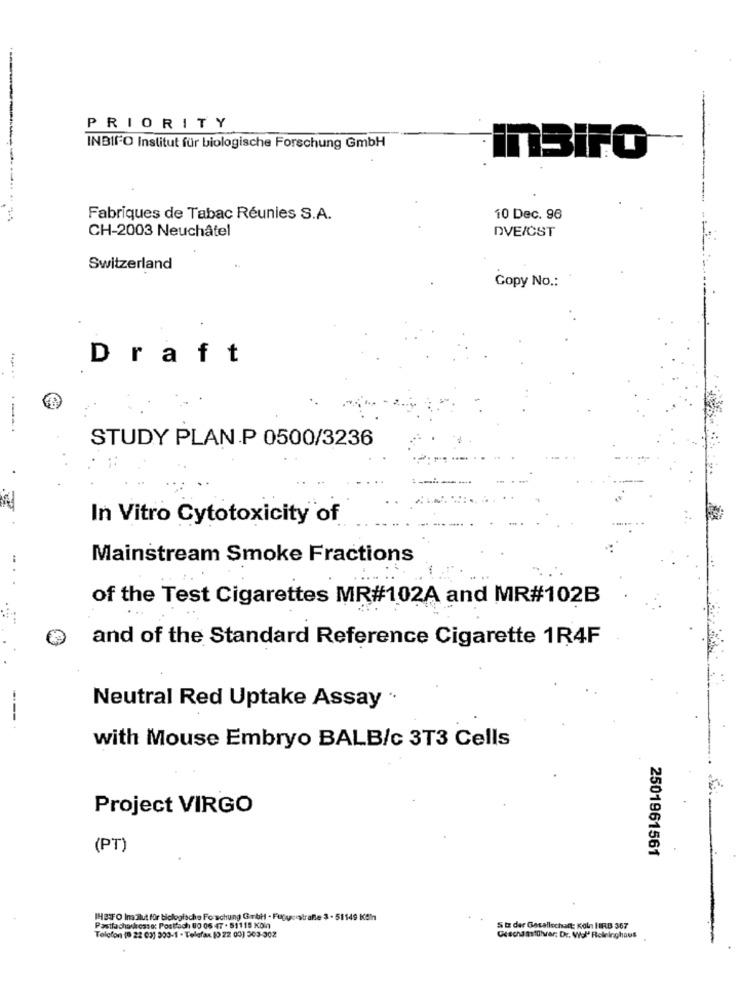
PRIORITY
INBIFO Institut für biologische Forschung GmbH
InBIFO -
Fabriques de Tabac Réunies S.A.
10 Dec. 96
CH-2003 Neuchâtel
DVE/CST
Switzerland
Copy No .:
Draft
STUDY PLAN.P 0500/3236
In Vitro Cytotoxicity of
Mainstream Smoke Fractions
of the Test Cigarettes MR#102A and MR#102B
and of the Standard Reference Cigarette 1R4F
Neutral Red Uptake Assay
---
with Mouse Embryo BALB/c 3T3 Cells
Project VIRGO
(PT)
2501961561
IHBIFO In:Ilut für biologische Forschung Gmbh - Fupusistraße 3 - 51149 Kähn
Postfachourcase: Postfach 00 06 47 . 511 15 Köln
Sitz der Gesellschaft: Koln HEB 367
Telefon (9 22 (3) 303-1 - Telefax (0 22 00) 303-302
Geschamstillvar: Dr. Wol Relninghaus